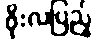
ဖိုးလပြည့်